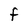
Character: F